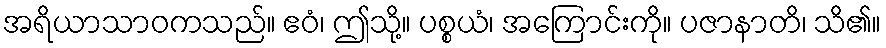
အရိယာသာဝကသည်။ ဧဝံ၊ ဤသို့။ ပစ္စယံ၊ အကြောင်းကို။ ပဇာနာတိ၊ သိ၏။